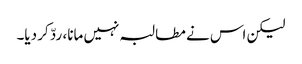
لیکن اس نے مطالبہ نہیں مانا، ردّ کر دیا۔